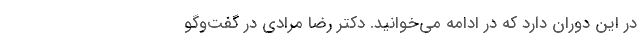
در این دوران دارد که در ادامه می‌خوانید. دکتر رضا مرادی در گفت‌وگو